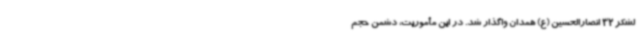
لشکر 32 انصارالحسین (ع) همدان واگذار شد. در این مأموریت، دشمن حجم